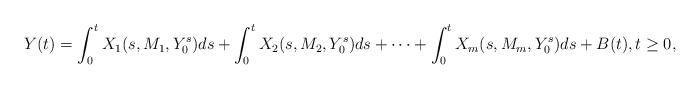
LaTeX: \begin{align*} Y(t)=\int_0^t X_1(s, M_1, Y_0^s) ds+\int_0^t X_2(s, M_2, Y_0^s) ds + \cdots +\int_0^t X_m(s, M_m, Y_0^s) ds+B(t), t \geq 0,\end{align*}